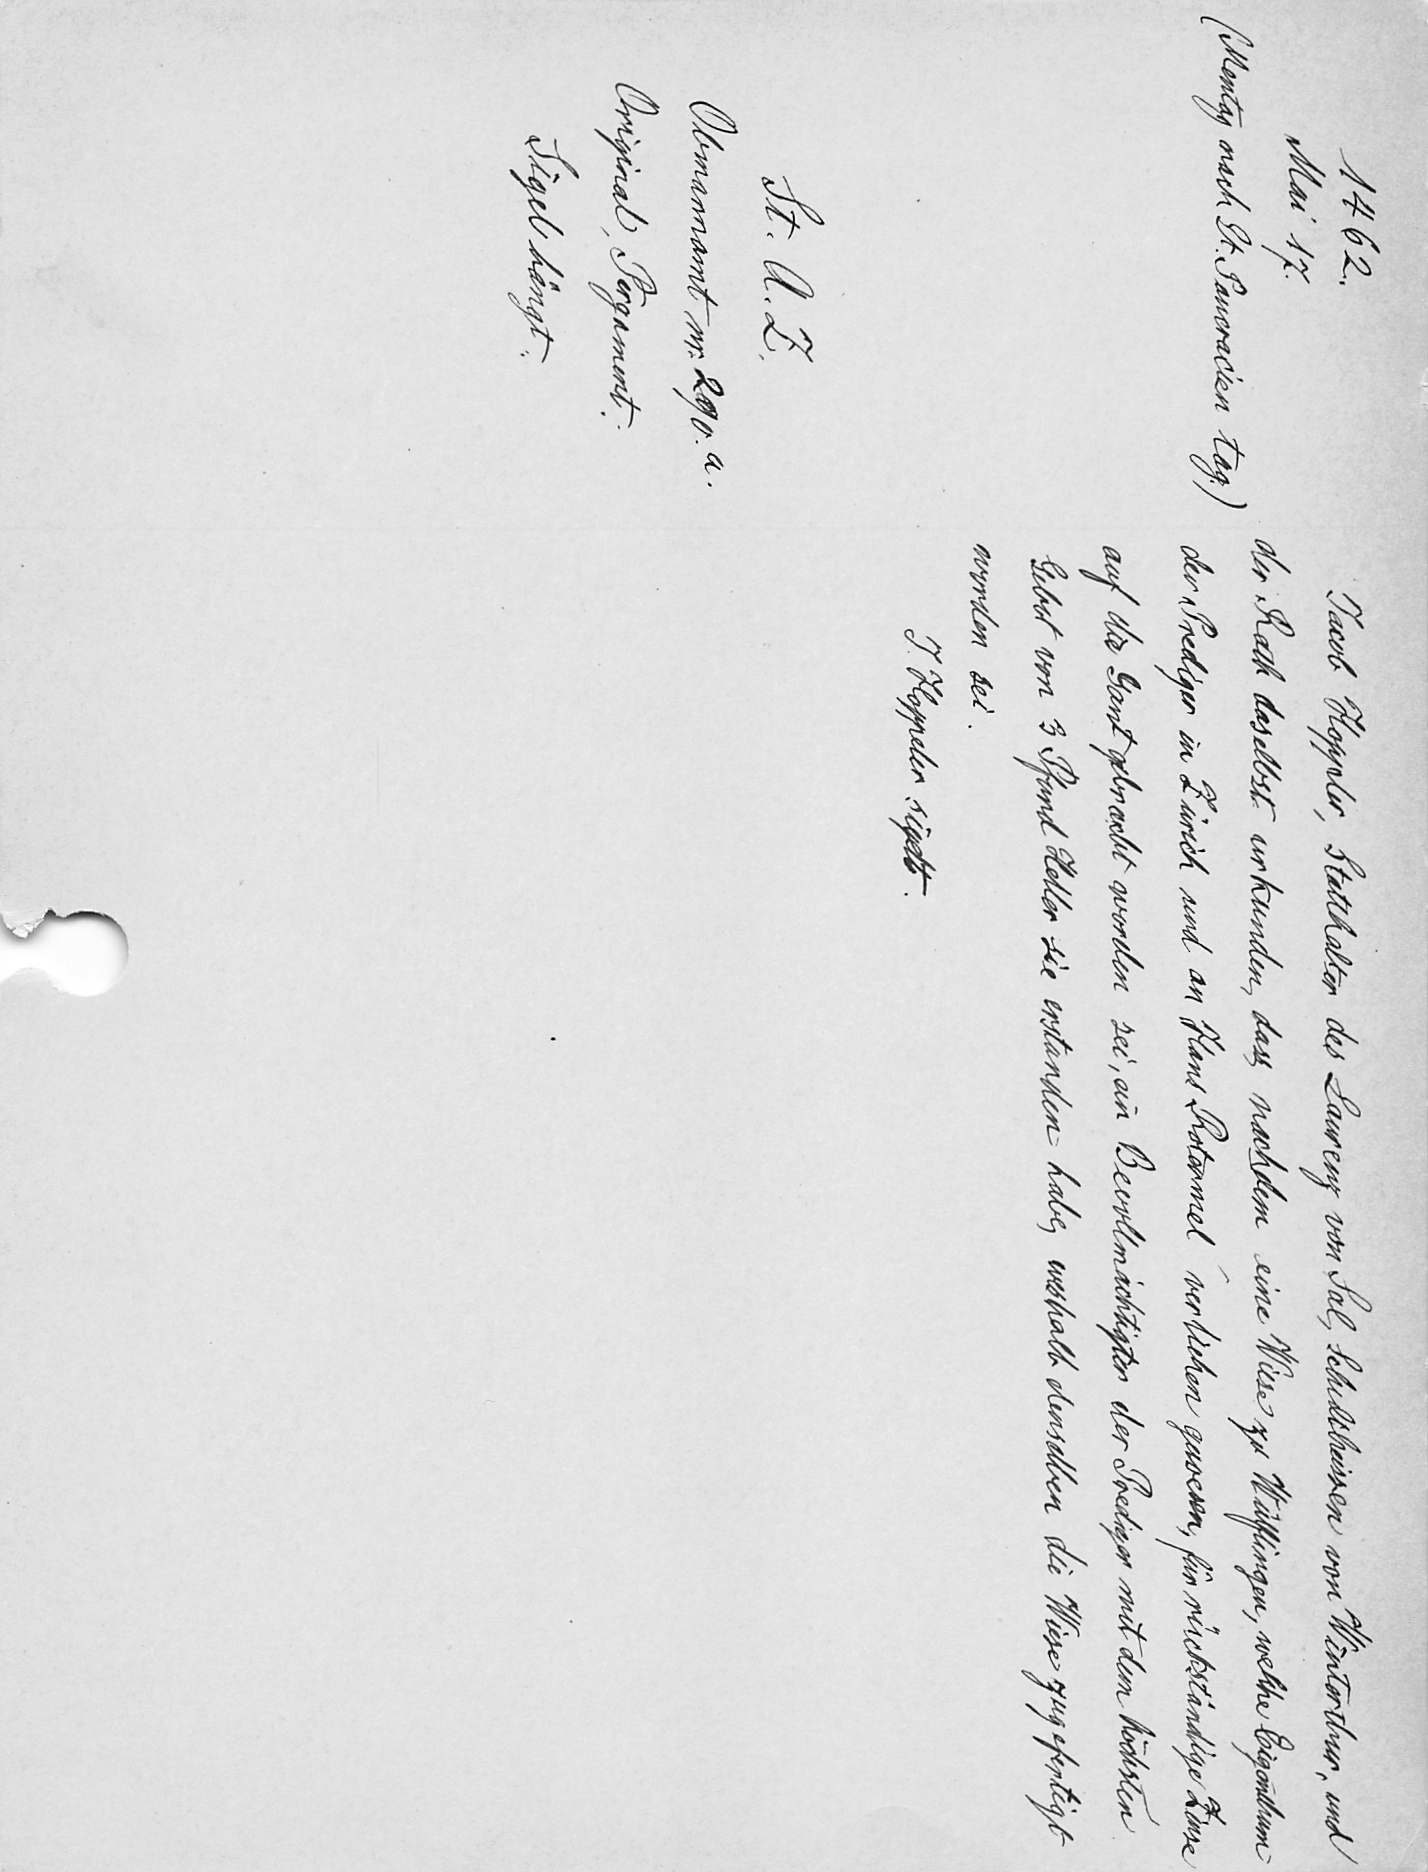
Jacob Hoppeler, Statthalter des Laurenz von Sal, Schultheissen von Winterthur, und
der Rath daselbst urkunden, dass nachdem eine Wiese zu Wülflingen, welche Eigentum
der Prediger in Zürich und an Hans Rotermel verliehen gewesen, für rückständige Zinse
auf die Gant gebracht worden sei, ein Bevollmächtigter der Prediger mit dem höchsten
Gebot von 3 Pfund Heller sie erstanden habe, weshalb denselben die Wiese zugefertigt
worden sei.
J. Hoppeler sigelt.

1462.
Mai 17
(Mentag nach St Pancracien tag)
St. A. Z
Obmannamt nr 290.a
Original Pergament
Sigel hängt